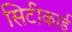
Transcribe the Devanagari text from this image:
सिटीकार्ड